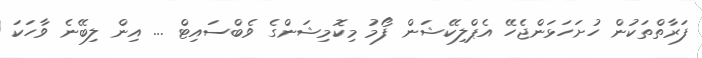
ފަރާތްތަކުން ހުށަހަޅަންޖެހޭ އެޕްލިކޭޝަން ފޯމު މިކޮމިޝަންގެ ވެބްސައިޓް ... އިން ލިބޭނެ ވާހަކަ